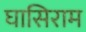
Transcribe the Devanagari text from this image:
घासिराम